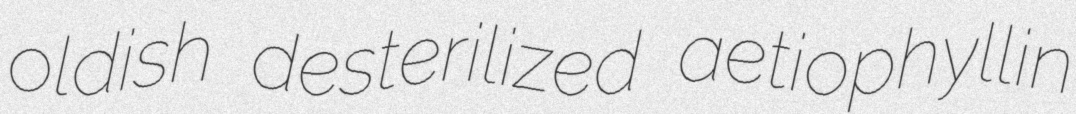
oldish desterilized aetiophyllin